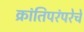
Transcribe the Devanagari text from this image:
क्रांतिपरंपरेचे